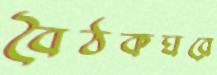
বৈঠকঘরে